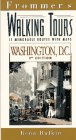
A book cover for Frommer's Walking Tours: Washington, D.C.; Rena Bulkin; Travel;